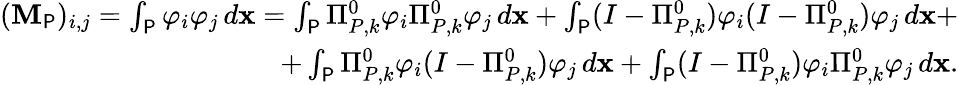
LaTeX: \begin{array}{r}{(\mathbf{M}_{\P})_{i,j}=\int_{\P}\varphi_{i}\varphi_{j}\, d\mathbf{x}=\int_{\P}\Pi_{{P},k}^{0}\varphi_{i}\Pi_{{P},k}^{0}\varphi_{j}\, d\mathbf{x}+\int_{\P}(I-\Pi_{{P},k}^{0})\varphi_{i}(I-\Pi_{{P},k}^{0})\varphi_{j}\, d\mathbf{x}+}\\ {+\int_{\P}\Pi_{{P},k}^{0}\varphi_{i}(I-\Pi_{{P},k}^{0})\varphi_{j}\, d\mathbf{x}+\int_{\P}(I-\Pi_{{P},k}^{0})\varphi_{i}\Pi_{{P},k}^{0}\varphi_{j}\, d\mathbf{x}.}\end{array}